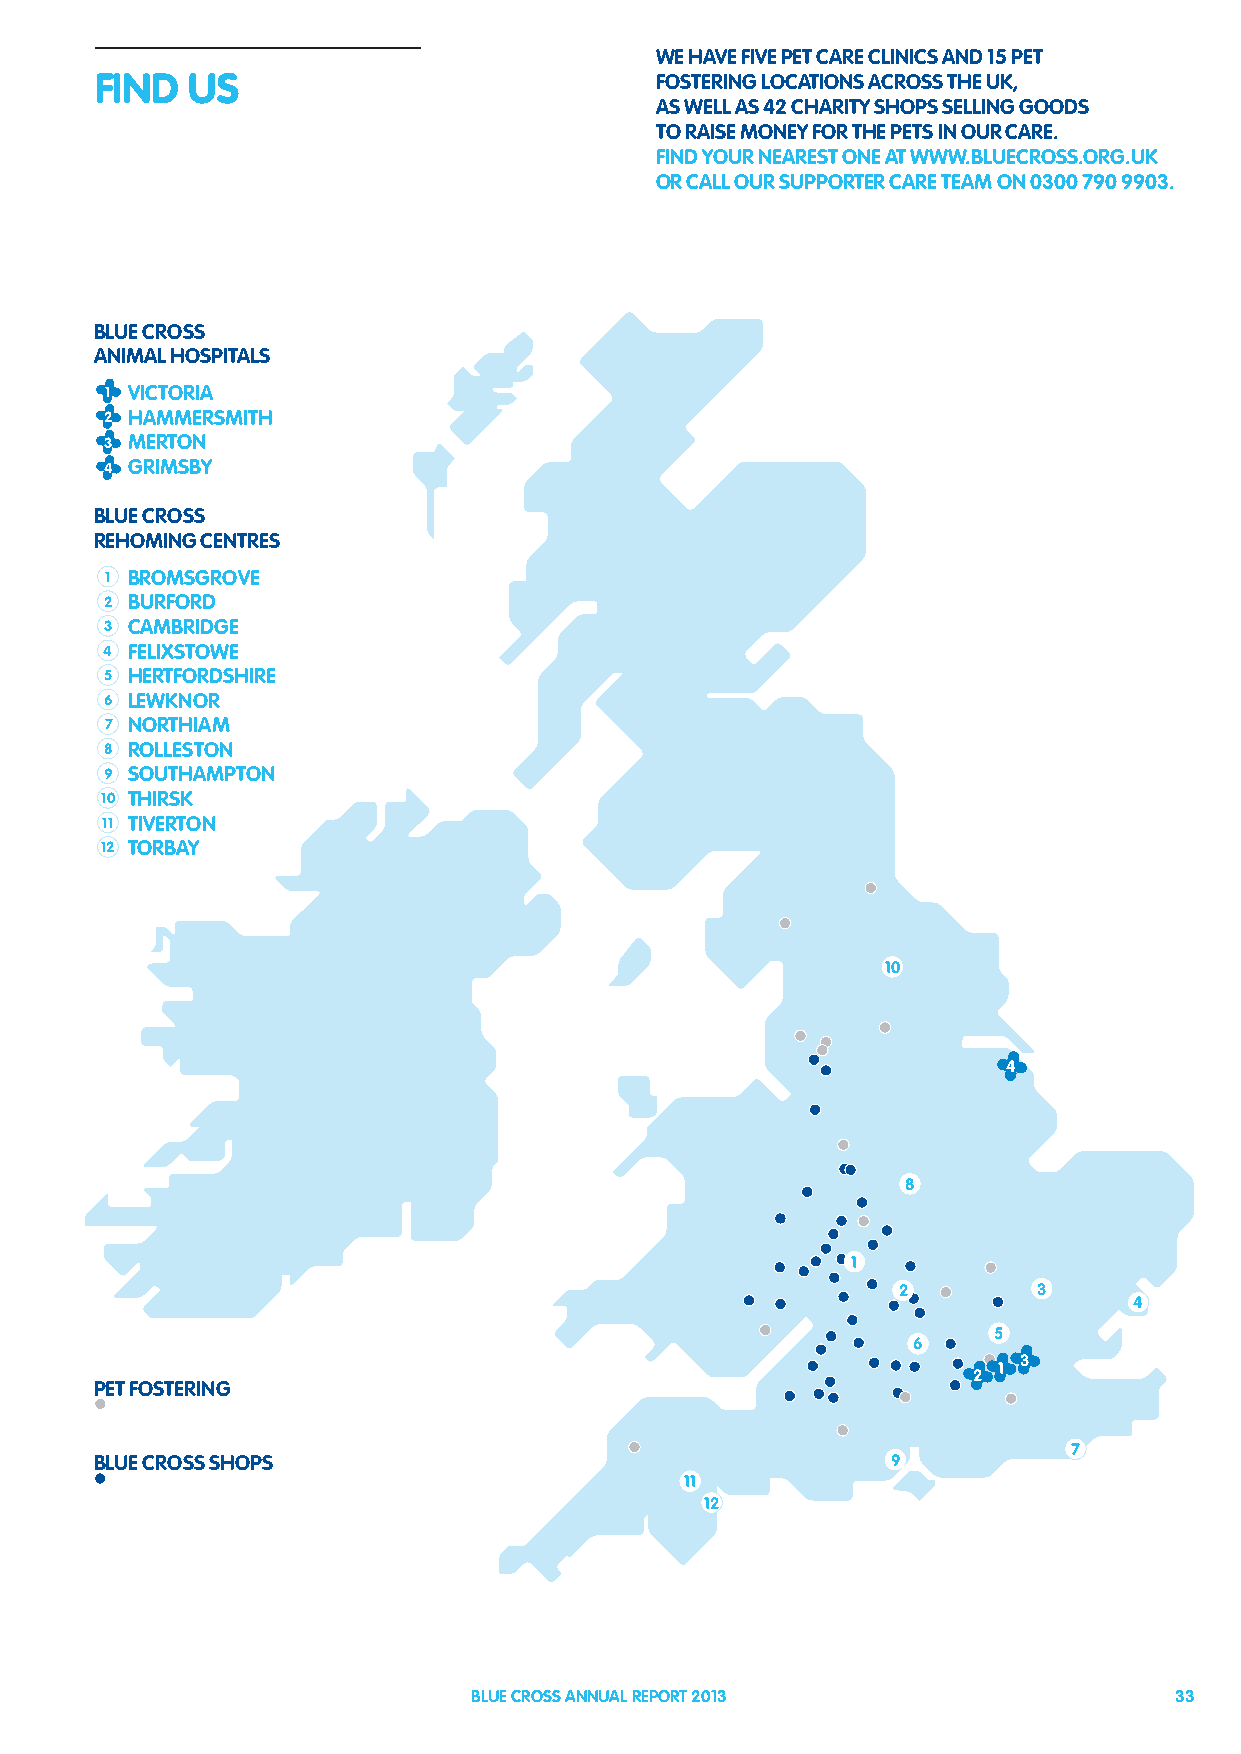
WE HAVE FIVE PET CARE CLINICS AND 15 PET
 FIND  US                             FOSTERING LOCATIONS ACROSS THE UK,
 AS WELL AS 42 CHARITY SHOPS SELLING GOODS
 TO RAISE MONEY FOR THE PETS IN OUR CARE.
 FIND YOUR NEAREST ONE AT WWW.BLUECROSS.ORG.UK
 OR CALL OUR SUPPORTER CARE TEAM ON 0300 790 9903.
 BLUE CROSS
 ANIMAL HOSPITALS
 1 VICTORIA
 2 HAMMERSMITH
 3 MERTON
 4 GRIMSBY
 BLUE CROSS
 REHOMING CENTRES
 1 BROMSGROVE
 2 BURFORD
 3 CAMBRIDGE
 4 FELIXSTOWE
 5 HERTFORDSHIRE
 6 LEWKNOR
 7 NORTHIAM
 8 ROLLESTON
 9 SOUTHAMPTON
 10 THIRSK
 11 TIVERTON
 12 TORBAY
 10
 4
 8
 1
 2         3
 4
 5
 6
 3
 1
 2
 PET FOSTERING
 7
 BLUE CROSS SHOPS                                     9
 11
 12
 BLUE CROSS ANNUAL REPORT 2013                  33